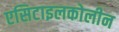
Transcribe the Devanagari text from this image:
एसिटाइलकोलीन